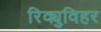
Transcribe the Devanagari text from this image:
रिक्युविहर